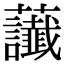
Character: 𧆂